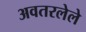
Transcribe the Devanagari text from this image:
अवतरलेले